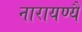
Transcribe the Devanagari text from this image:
नारायण्यै